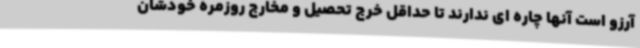
آرزو است آنها چاره ای ندارند تا حداقل خرج تحصیل و مخارج روزمره خودشان